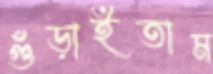
গুঁড়াইতাম